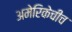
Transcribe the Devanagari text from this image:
अमेरिकेचीच